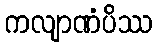
ကလျာဏံပိဿ